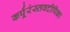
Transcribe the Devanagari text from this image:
कर्पूंरंस्तवदीपिका